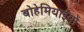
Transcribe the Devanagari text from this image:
बोहेमियाईयों